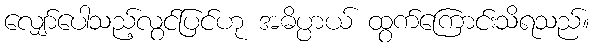
လျှော်ပေါသည့်လွင်ပြင်ဟု အဓိပ္ပာယ် ထွက်ကြောင်းသိရသည်။